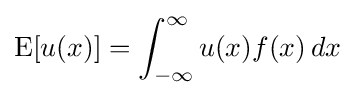
\operatorname {E} [u(x)]=\int _{-\infty }^{\infty }u(x)f(x)\,dx